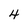
Character: 4